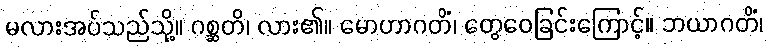
မလားအပ်သည်သို့။ ဂစ္ဆတိ၊ လား၏။ မောဟာဂတိံ၊ တွေဝေခြင်းကြောင့်။ ဘယာဂတိံ၊